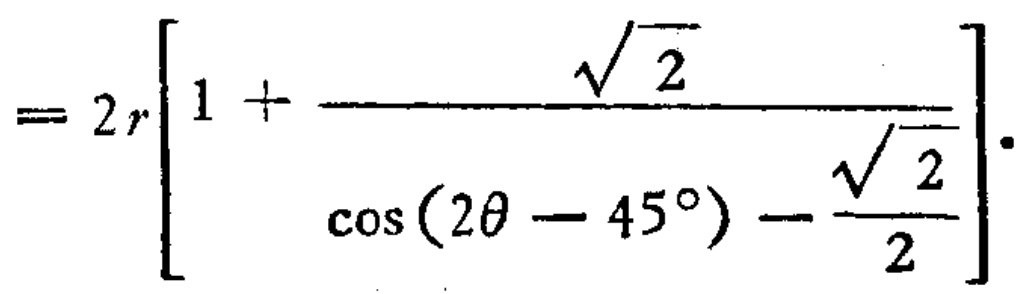
$=2r\left[1 + \frac{\sqrt{2}}{\cos(2\theta - 45^{\circ})-\frac{\sqrt{2}}{2}}\right].$